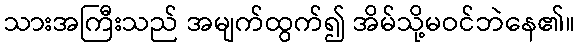
သားအကြီးသည် အမျက်ထွက်၍ အိမ်သို့မဝင်ဘဲနေ၏။